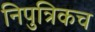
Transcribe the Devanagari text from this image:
निपुत्रिकच